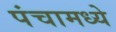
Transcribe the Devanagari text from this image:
पंचामध्ये